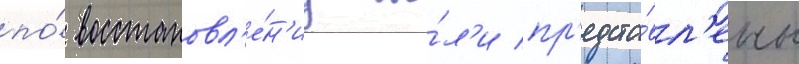
по́ восстановл'е́н'иу бы́л'и пр'едста́вл'ены